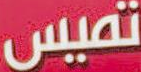
تميس